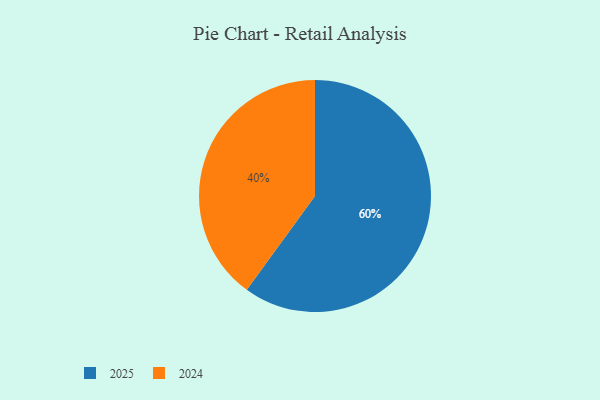
{"axis": {"x": "Category", "y": "Percentage"}, "legend": ["2024", "2025"], "data": [{"x": "2024", "y": 40, "type": "2024"}, {"x": "2025", "y": 60, "type": "2025"}]}